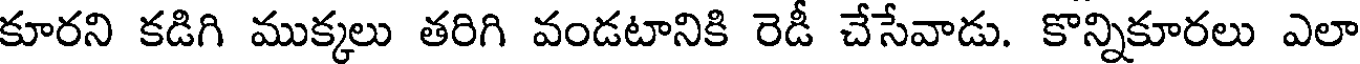
కూరని కడిగి ముక్కలు తరిగి వండటానికి రెడీ చేసేవాడు. కొన్నికూరలు ఎలా